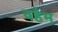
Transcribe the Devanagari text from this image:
वहेम